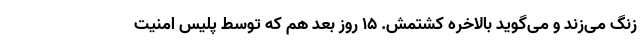
زنگ می‌زند و می‌گوید بالاخره کشتمش. 15 روز بعد هم که توسط پلیس امنیت